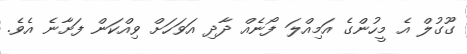
ގޫގުލް އެ މީހުންގެ އަމިއްލަ ފޯނެއް ދާދި އަވަހަށް ވިއްކަން ފަށާނެ އެވެ.